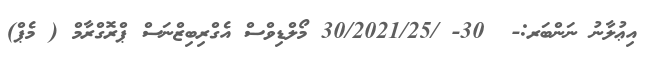
އިޢުލާނު ނަންބަރ:-  30- /30/2021/25 މޯލްޑިވްސް އެގްރިބިޒްނަސް ޕްރޮގްރާމް ( މެޕް)